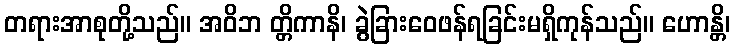
တရားအာစုတို့သည်။ အဝိဘ တ္တိကာနိ၊ ခွဲခြားဝေဖန်ရခြင်းမရှိကုန်သည်။ ဟောန္တိ၊